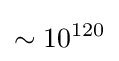
\sim 10^{120}\,\!